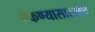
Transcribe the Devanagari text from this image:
ऐकण्यासारखेच